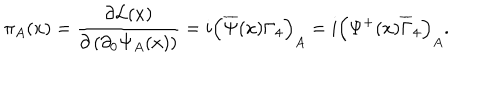
LaTeX: \pi _ { A } ( x ) = \frac { \partial { \cal L } ( x ) } { \partial \left( \partial _ { 0 } \Psi _ { A } ( x ) \right) } = i \left( \overline { { { \Psi } } } ( x ) \Gamma _ { 4 } \right) _ { A } = i \left( \Psi ^ { + } ( x ) \overline { { { \Gamma } } } _ { 4 } \right) _ { A } .